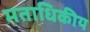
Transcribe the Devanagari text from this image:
मताधिकीय